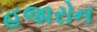
હજારોન